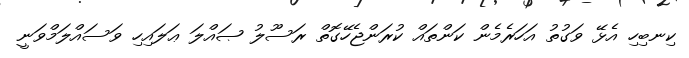
ކިނބިހި އެޅޭ ވަގުތު އަހަރެމެން ކަންތައް ކުރަންޖެހޭގޮތް ރަސޫލު ޞައްލަ ޢަލައިހި ވަސައްލަމްވަނީ